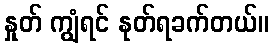
နှုတ် ကျွံရင် နုတ်ရခက်တယ်။